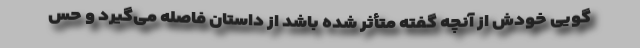
گویی خودش از آنچه گفته متأثر شده باشد از داستان فاصله می‌گیرد و حس